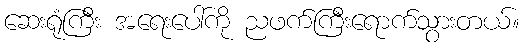
ဆေးရုံကြီး အရေးပေါ်ကို ညဖက်ကြီးရောက်သွားတယ်။